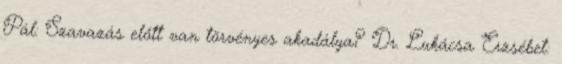
Pál: Szavazás előtt van törvényes akadálya? Dr. Lukácsa Erzsébet: